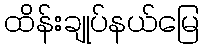
ထိန်းချုပ်နယ်မြေ